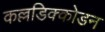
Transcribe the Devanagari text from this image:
कल्लडिक्कोडन